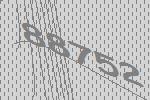
88752